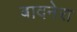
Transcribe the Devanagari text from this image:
बादनेरा